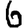
Digit: 6